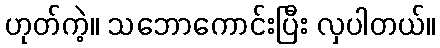
ဟုတ်ကဲ့။ သဘောကောင်းပြီး လှပါတယ်။